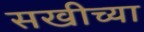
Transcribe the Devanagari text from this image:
सखीच्या